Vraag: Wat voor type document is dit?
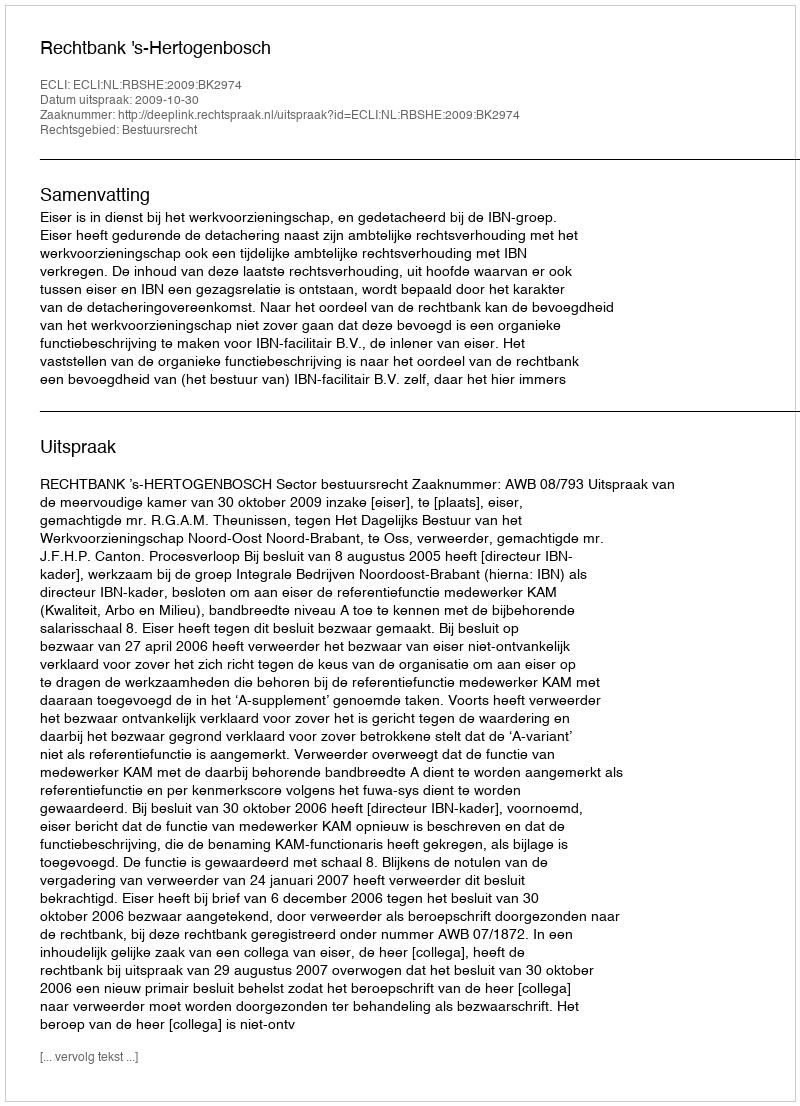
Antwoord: Uitspraak